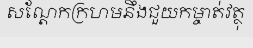
សណ្តែកក្រហមនឹងជួយកម្ចាត់វត្ថុ